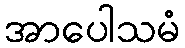
အာပေါသမံ